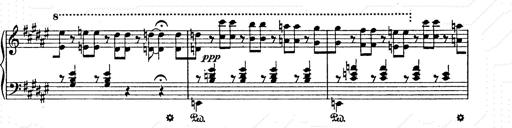
Title: AnnÃ©es de pÃ¨lerinage II
Composer: Franz Liszt